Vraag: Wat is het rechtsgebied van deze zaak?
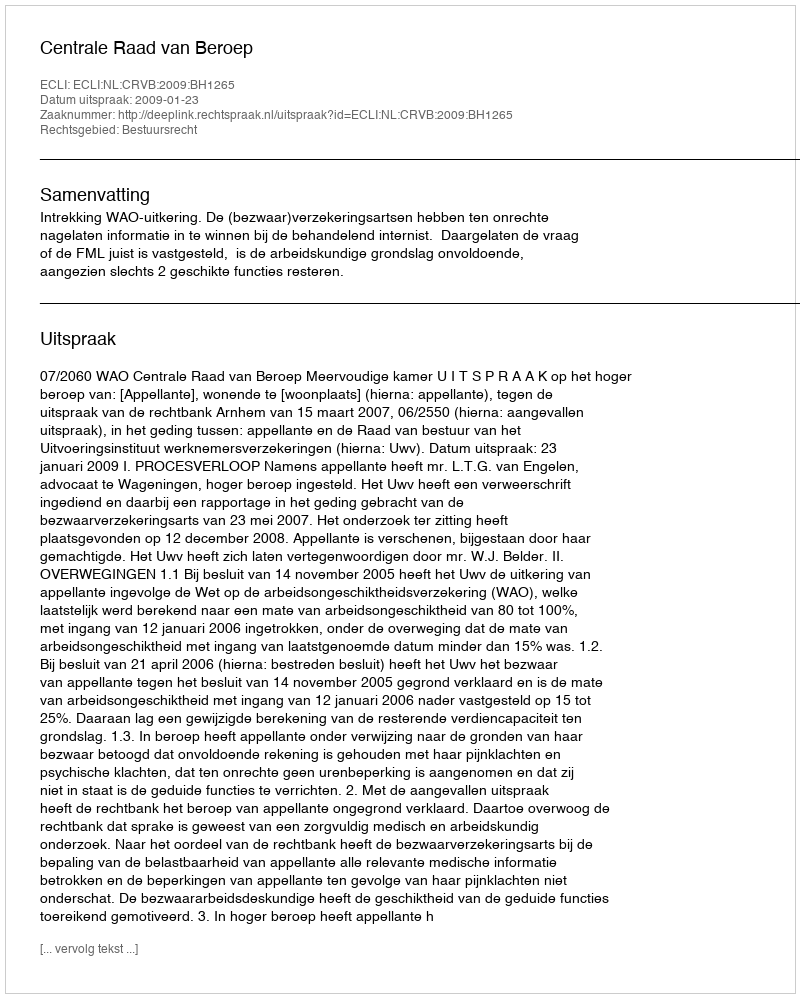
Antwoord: Bestuursrecht